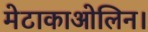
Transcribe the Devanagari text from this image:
मेटाकाओलिन।